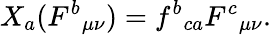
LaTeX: X_{a}(F^{b}{}_{\mu\nu})=f^{b}{}_{ca}F^{c}{}_{\mu\nu}.